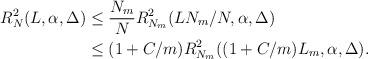
LaTeX: \begin{align*}\begin{aligned} R_N^2(L,\alpha,\Delta)&\leq \frac{N_m}{N}R_{N_m}^2(LN_m/N,\alpha,\Delta) \\ &\leq(1+C/m)R_{N_m}^2((1+C/m)L_m,\alpha,\Delta).\end{aligned}\end{align*}